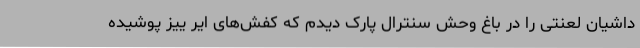
داشیان لعنتی را در باغ وحش سنترال پارک دیدم که کفش‌های ایر ییز پوشیده